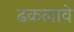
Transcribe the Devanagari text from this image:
ढकलावे